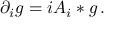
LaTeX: \partial _ { i } g = i A _ { i } * g \, .